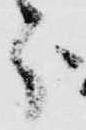
分